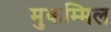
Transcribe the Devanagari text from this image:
मुकम्मिल